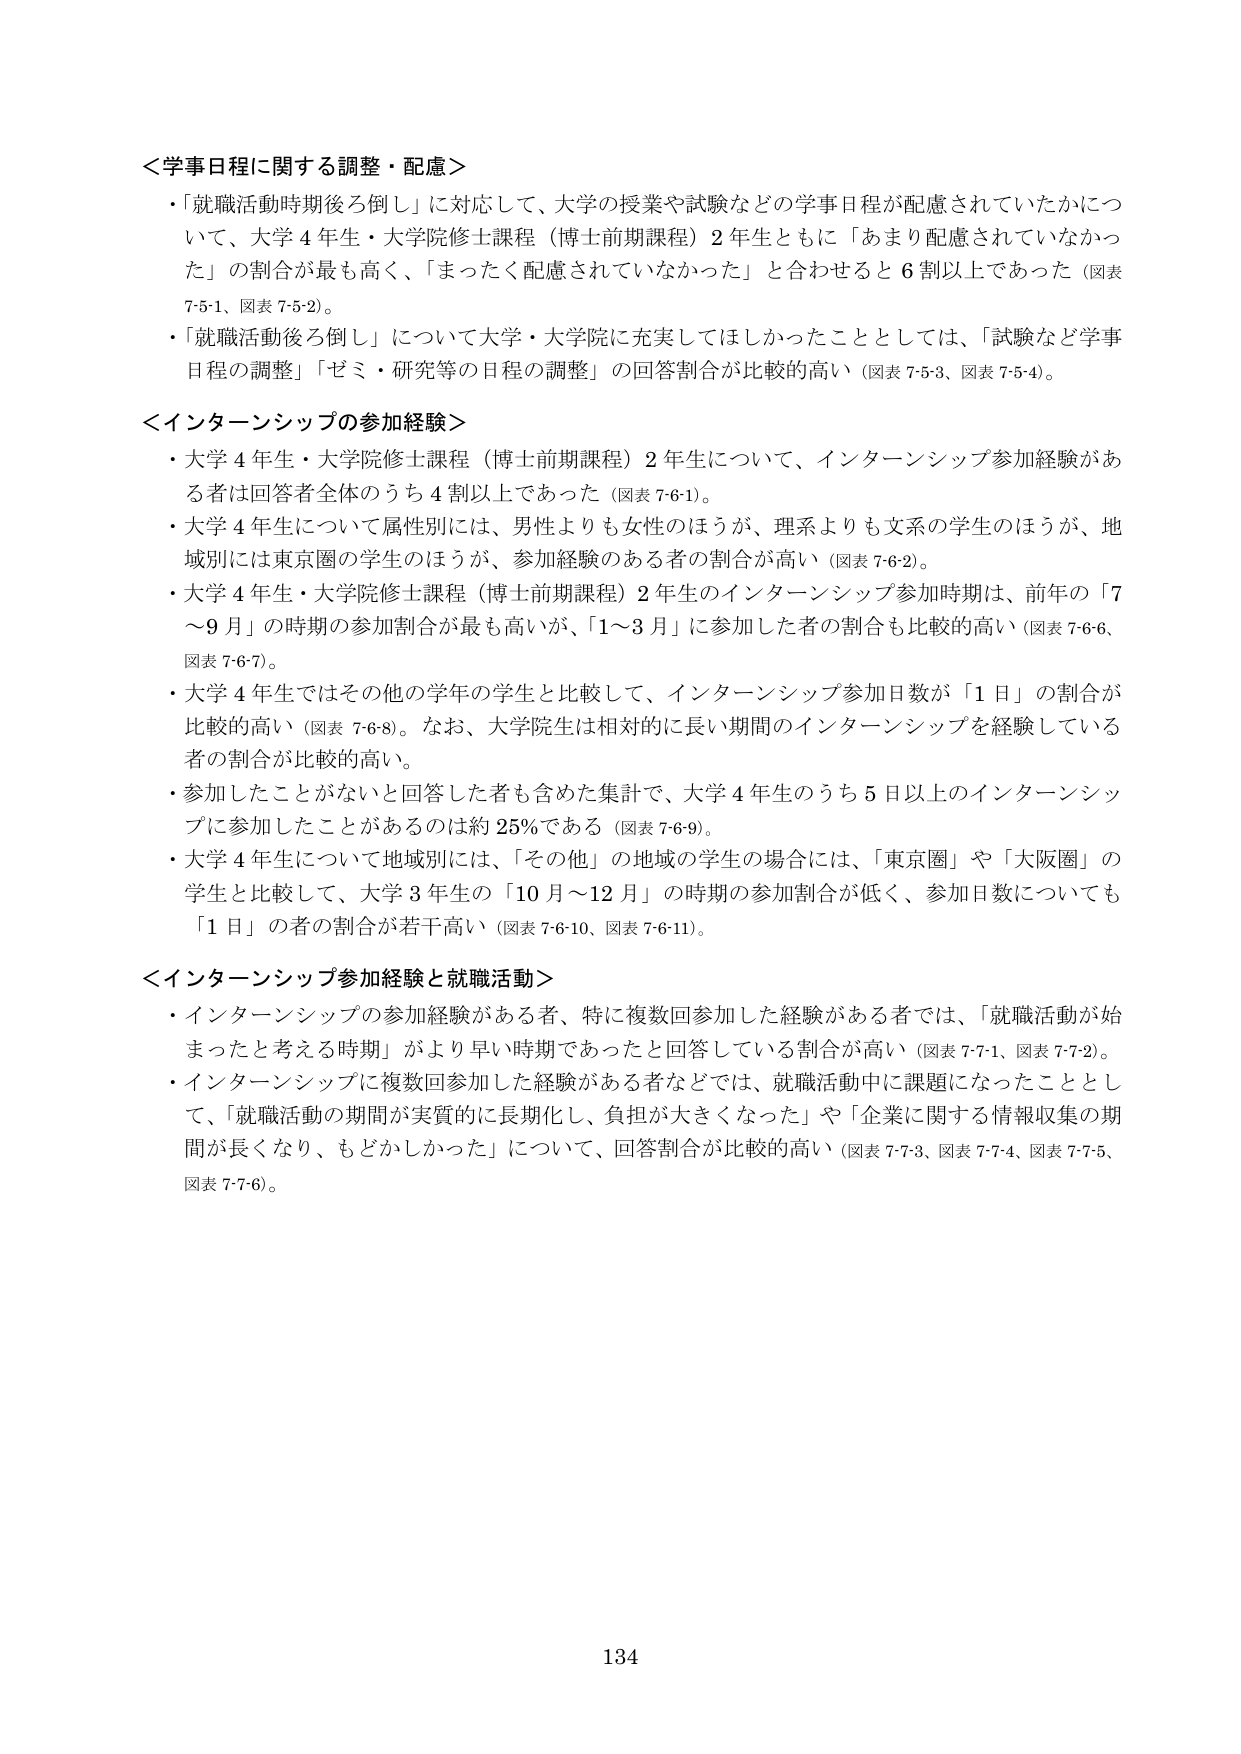
＜学事日程に関する調整・配慮＞
・「就職活動時期後ろ倒し」に対応して、大学の授業や試験などの学事日程が配慮されていたかについて、大学４年生・大学院修士課程（博士前期課程）２年生ともに「あまり配慮されていなかった」の割合が最も高く、「まったく配慮されていなかった」と合わせると６割以上であった（図表7-5-1、図表7-5-2）。
・「就職活動後ろ倒し」について大学・大学院に充実してほしかったこととしては、「試験など学事日程の調整」「ゼミ・研究等の日程の調整」の回答割合が比較的高い（図表7-5-3、図表7-5-4）。

＜インターンシップの参加経験＞
・大学４年生・大学院修士課程（博士前期課程）２年生について、インターンシップ参加経験がある者は回答者全体のうち４割以上であった（図表7-6-1）。
・大学４年生について属性別には、男性よりも女性のほうが、理系よりも文系の学生のほうが、地域別には東京圏の学生のほうが、参加経験のある者の割合が高い（図表7-6-2）。
・大学４年生・大学院修士課程（博士前期課程）２年生のインターンシップ参加時期は、前年の「7～9月」の時期の参加割合が最も高いが、「1～3月」に参加した者の割合も比較的高い（図表7-6-6、図表7-6-7）。
・大学４年生ではその他の学年の学生と比較して、インターンシップ参加日数が「1日」の割合が比較的高い（図表7-6-8）。なお、大学院生は相対的に長い期間のインターンシップを経験している者の割合が比較的高い。
・参加したことがないと回答した者も含めた集計で、大学４年生のうち５日以上のインターンシップに参加したことがあるのは約25％である（図表7-6-9）。
・大学４年生について地域別には、「その他」の地域の学生の場合には、「東京圏」や「大阪圏」の学生と比較して、大学３年生の「10月～12月」の時期の参加割合が低く、参加日数についても「1日」の者の割合が若干高い（図表7-6-10、図表7-6-11）。

＜インターンシップ参加経験と就職活動＞
・インターンシップの参加経験がある者、特に複数回参加した経験がある者では、「就職活動が始まったと考える時期」がより早い時期であったと回答している割合が高い（図表7-7-1、図表7-7-2）。
・インターンシップに複数回参加した経験がある者などでは、就職活動中に課題になったこととして、「就職活動の期間が実質的に長期化し、負担が大きくなった」や「企業に関する情報収集の期間が長くなり、もどかしかった」について、回答割合が比較的高い（図表7-7-3、図表7-7-4、図表7-7-5、図表7-7-6）。

134